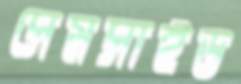
সেমসাইড